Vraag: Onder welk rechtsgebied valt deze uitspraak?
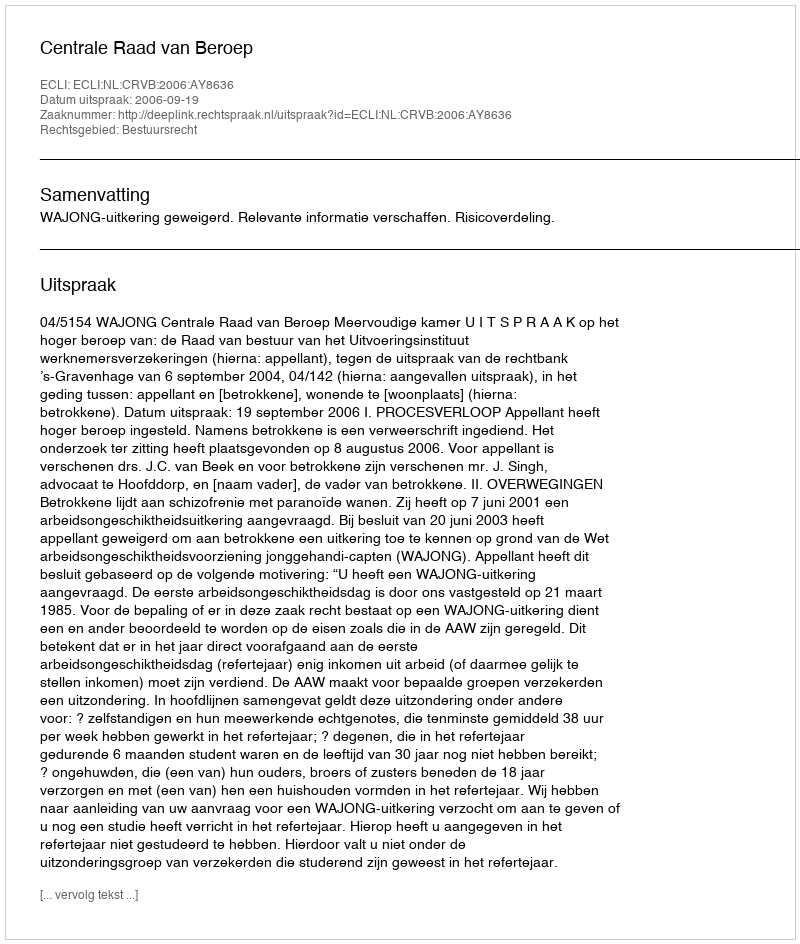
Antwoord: Bestuursrecht